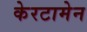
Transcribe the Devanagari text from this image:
केरटामेन